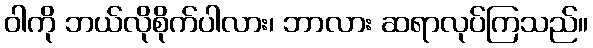
ဝါကို ဘယ်လိုစိုက်ပါလား၊ ဘာလား ဆရာလုပ်ကြသည်။